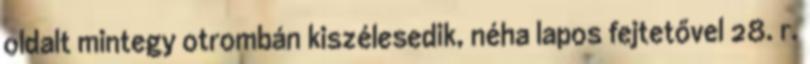
oldalt mintegy otrombán kiszélesedik, néha lapos fejtetővel 28. r.